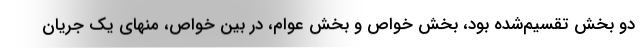
دو بخش تقسیم‌شده بود، بخش خواص و بخش عوام، در بین خواص، منهای یک جریان